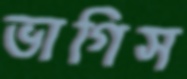
ভাগিস